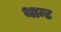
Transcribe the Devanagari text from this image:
थान्ट